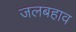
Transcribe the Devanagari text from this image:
जलबहाव